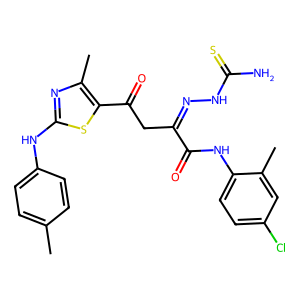
SMILES: Cc1ccc(Nc2nc(C)c(C(=O)CC(=NNC(N)=S)C(=O)Nc3ccc(Cl)cc3C)s2)cc1
Inhibits HIV replication: No